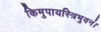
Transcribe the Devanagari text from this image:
किमुपायस्त्रिभुवनं।